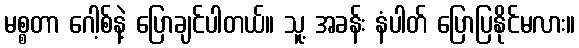
မစ္စတာ ဂေါ့စ်နဲ့ ပြောချင်ပါတယ်။ သူ့ အခန်း နံပါတ် ပြောပြနိုင်မလား။